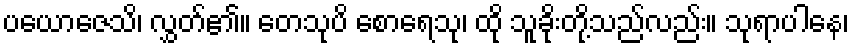
ပယောဇေသိ၊ လွှတ်၏။ တေသုပိ စောရေသု၊ ထို သူခိုးတို့သည်လည်း။ သုရာပါနေ၊